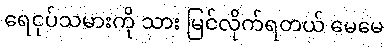
ရေငုပ်သမားကို သား မြင်လိုက်ရတယ် မေမေ